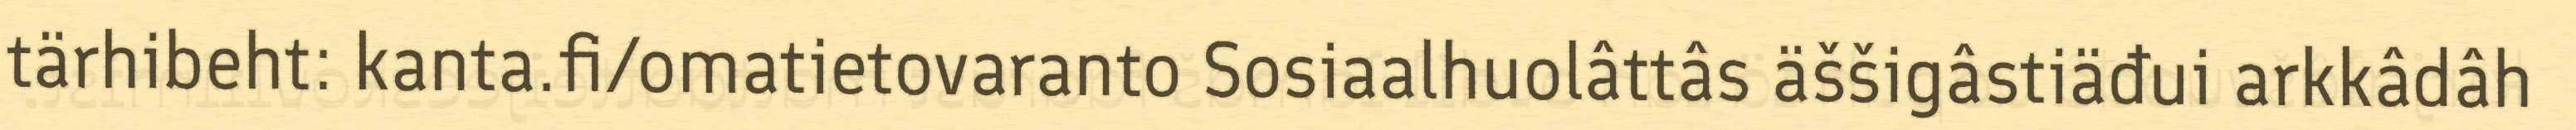
tärhibeht: kanta.fi/omatietovaranto Sosiaalhuolâttâs äššigâstiäđui arkkâdâh